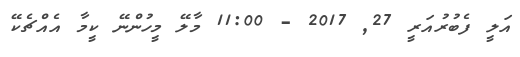
އަލީ ފެބުރުއަރީ 27